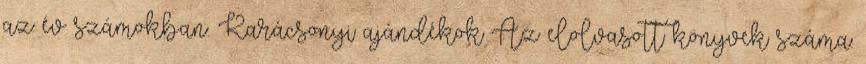
az év számokban. Karácsonyi ajándékok Az elolvasott könyvek száma: